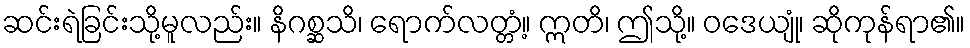
ဆင်းရဲခြင်းသို့မူလည်း။ နိဂစ္ဆသိ၊ ရောက်လတ္တံ့။ ဣတိ၊ ဤသို့။ ဝဒေယျုံ၊ ဆိုကုန်ရာ၏။